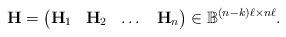
LaTeX: \begin{align*}\mathbf{H} = \begin{pmatrix}\mathbf{H}_{1} & \mathbf{H}_{2} & \dots & \mathbf{H}_{n}\end{pmatrix}\in \mathbb{B}^{(n - k)\ell \times n \ell}.\end{align*}